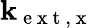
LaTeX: \textbf{k}_{\mathrm{~e~x~t~,~x~}}